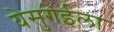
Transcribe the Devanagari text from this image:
येसुगेईला